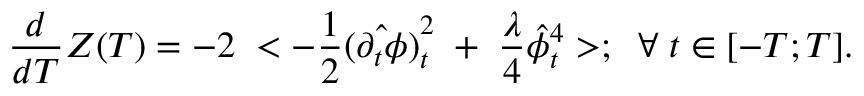
{ \frac { d } { d T } } Z ( T ) = - 2 \; < - { \frac { 1 } { 2 } } \hat { ( \partial _ { t } \phi ) } _ { t } ^ { 2 } \; + \; { \frac { \lambda } { 4 } } \hat { \phi } _ { t } ^ { 4 } > ; \; \; \forall \; t \in [ - T ; T ] .